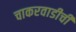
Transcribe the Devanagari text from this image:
चाकरवाडीची